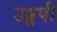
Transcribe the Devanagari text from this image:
उड्डपी